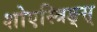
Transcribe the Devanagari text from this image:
शोएस्त्रिङ्स्